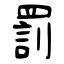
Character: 罰